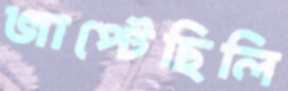
জাপ্‌টেছিলি